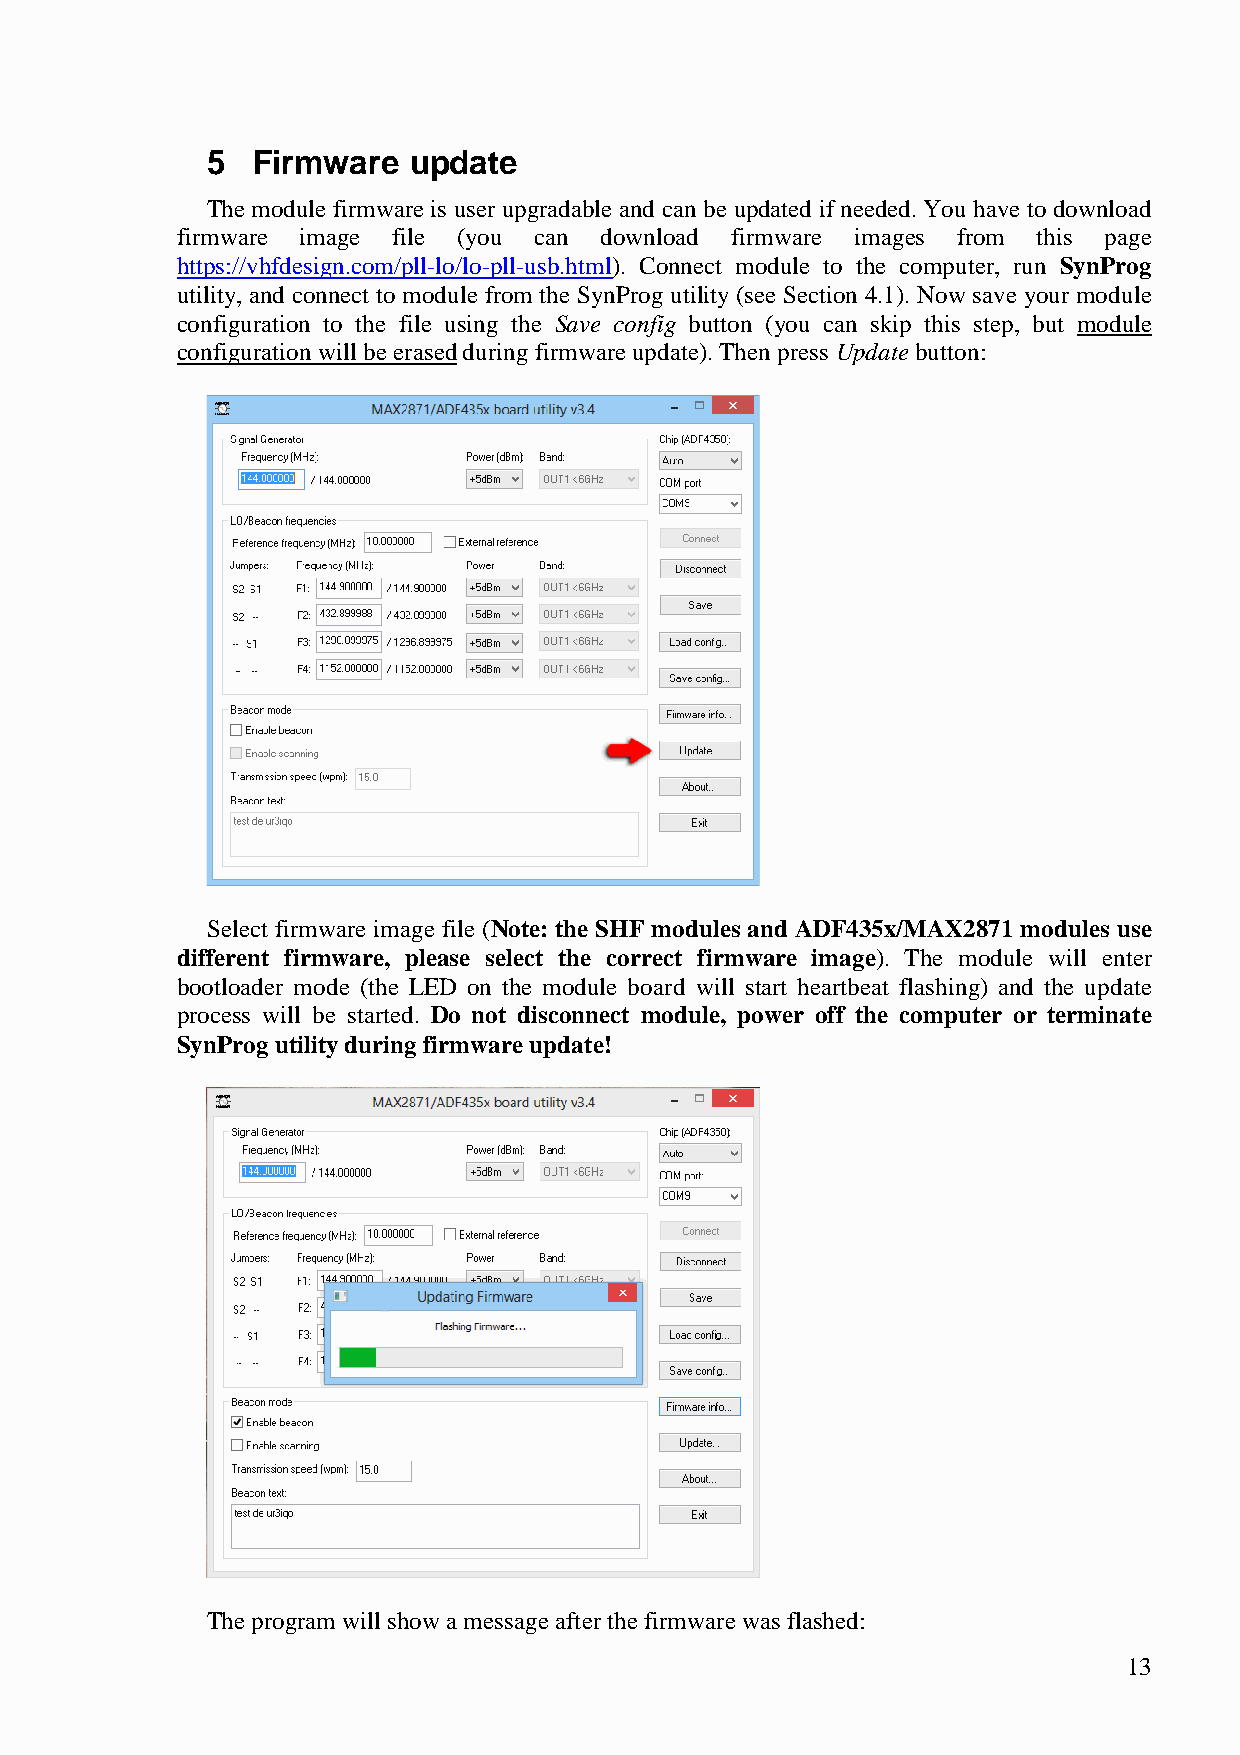
5  Firmware  update
 The module firmware is user upgradable and can be updated if needed. You have to download
 firmware image file (you can download firmware images from this page
 https://vhfdesign.com/pll-lo/lo-pll-usb.html). Connect module to the computer, run SynProg
 utility, and connect to module from the SynProg utility (see Section 4.1). Now save your module
 configuration to the file using the Save config button (you can skip this step, but module
 configuration will be erased during firmware update). Then press Update button:
 Select firmware image file (Note: the SHF modules and ADF435x/MAX2871 modules use
 different firmware, please select the correct firmware image). The module will enter
 bootloader mode (the LED on the module board will start heartbeat flashing) and the update
 process will be started. Do not disconnect module, power off the computer or terminate
 SynProg utility during firmware update!
 The program will show a message after the firmware was flashed:
 13